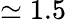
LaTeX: \simeq 1.5